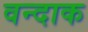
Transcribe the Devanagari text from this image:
वन्दाक